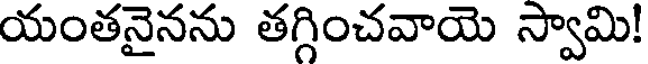
యంతనైనను తగ్గించవాయె స్వామి!